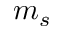
m _ { s }